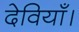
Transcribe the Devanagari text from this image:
देवियाँ।